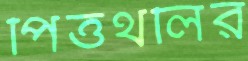
পিত্তথলির